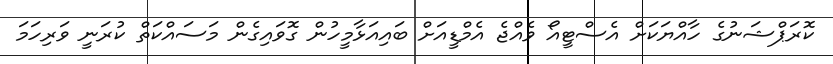
ކޮރަޕްޝަނުގެ ހާއްޔަކަށް އެސްޓީއޯ ވެއްޖެ އެމްޑީއަށް ބައިއަޅާމީހުން ގޮވައިގެން މަސައްކަތް ކުރަނީ ވަރިހަމަ